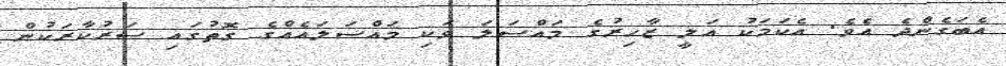
އެބަގެންދެ އެވެ. އެކަމަކު އަލީ ޒާހިރުގެ މައްސަލަ ވަކި މައްސަލައެއްގެ ގޮތުގައި ސަރުކާރަކުން